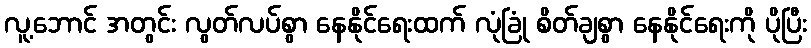
လူ့ဘောင် အတွင်း လွတ်လပ်စွာ နေနိုင်ရေးထက် လုံခြုံ စိတ်ချစွာ နေနိုင်ရေးကို ပိုပြီး